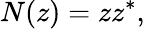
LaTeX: N(z)=zz^{*},